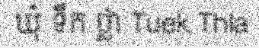
ឃុំ ទឹក ថ្លា Tuek Thla